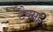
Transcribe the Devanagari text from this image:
टैक्सट्स